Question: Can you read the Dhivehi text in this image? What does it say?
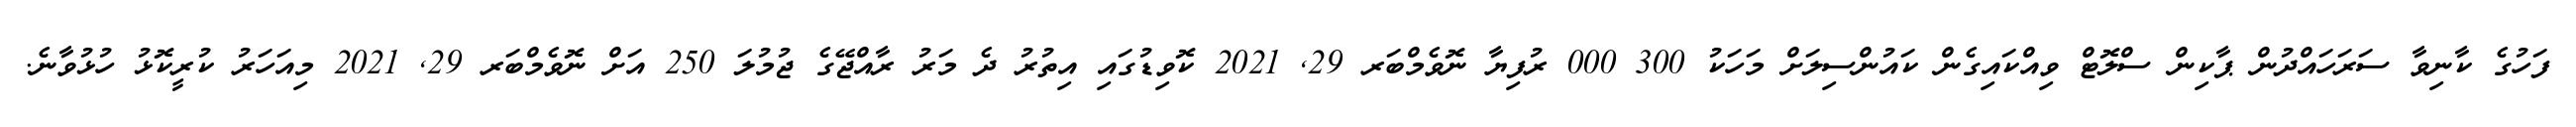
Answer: ފަހުގެ ކާނިވާ ސަރަހައްދުން ޕާކިން ސްލޮޓް ވިއްކައިގެން ކައުންސިލަށް މަހަކު 300 000 ރުފިޔާ ނޮވެމްބަރ 29, 2021 ކޮވިޑުގައި އިތުރު ދެ މަރު ރާއްޖޭގެ ޖުމުލަ 250 އަށް ނޮވެމްބަރ 29, 2021 މިއަހަރު ކުރީކޮޅު ހުޅުވާނެ.